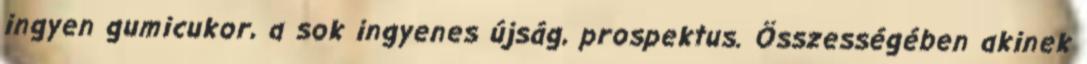
ingyen gumicukor, a sok ingyenes újság, prospektus. Összességében akinek